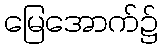
မြေအောက်၌